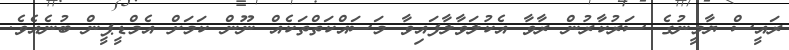
ރައީސް ޔާމީނުގެ ސަރުކާރުން ރާވާ އެކުލަވާލާފައިވާ މަސައްކަތްތަކެއް ނޫން ކަމަށް އެމްޑީޕީން ބުނެއެވެ.